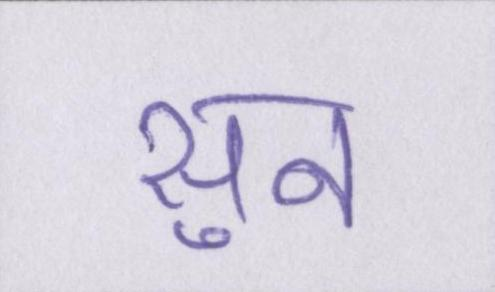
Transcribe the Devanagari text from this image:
सुन